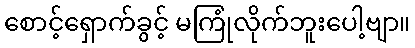
စောင့်ရှောက်ခွင့် မကြုံလိုက်ဘူးပေါ့ဗျာ။